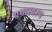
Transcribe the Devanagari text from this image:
यथास्वरूप